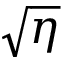
\sqrt { \eta }